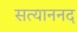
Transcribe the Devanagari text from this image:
सत्याननद